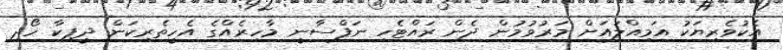
އެކުވެރިޔަކު އަމިއްލައަށް މަރުވުމުން ދެން ރައްޓެހި ނަފްސާނީ މާހިރެއްގެ އެހީތެރިކަން ދީޕިކާ ހޯދި